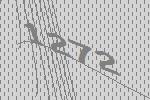
1272